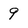
Character: 9